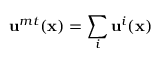
\mathbf { u } ^ { m t } ( \mathbf { x } ) = \sum _ { i } \mathbf { u } ^ { i } ( \mathbf { x } )